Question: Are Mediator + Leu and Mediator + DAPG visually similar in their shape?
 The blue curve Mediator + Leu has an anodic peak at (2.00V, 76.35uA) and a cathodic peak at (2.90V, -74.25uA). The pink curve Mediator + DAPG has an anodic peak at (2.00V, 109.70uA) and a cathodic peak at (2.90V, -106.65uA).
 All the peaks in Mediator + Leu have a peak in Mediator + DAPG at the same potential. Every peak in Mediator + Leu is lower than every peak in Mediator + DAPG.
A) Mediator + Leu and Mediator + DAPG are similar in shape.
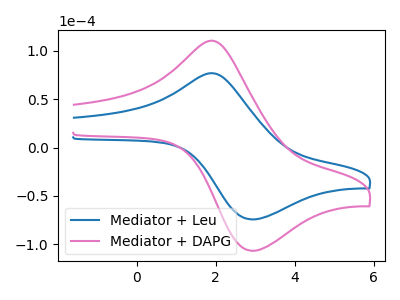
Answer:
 <answer>A) "Mediator + Leu" and "Mediator + DAPG" are similar in shape.</answer>
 <eval>A</eval>